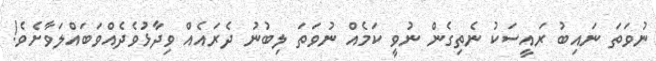
ނުވަތަ ނައިބު ރައީސަކު ނެތިގެން ނުވީ ކަމެއް ނުވަތަ ލިބުނު ދެރައެއް ވިދާޅުވެދެއްވަބައްލަވާށެވެ!